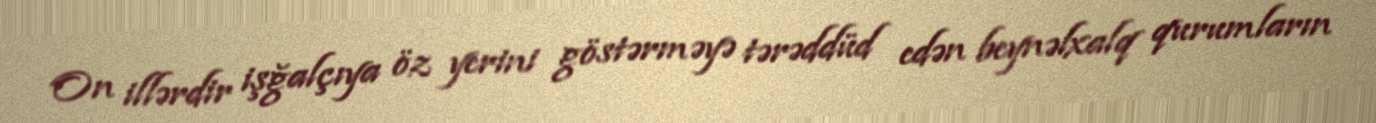
On illərdir işğalçıya öz yerini göstərməyə tərəddüd edən beynəlxalq qurumların